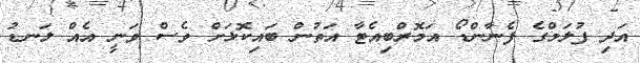
އަދި ފުލަމްގެ ފެނާންޑޯ އަމޮރްބިއެޓާ އަތުން ބައިކޮޅަށް ވެސް ވަނީ އެއް ލަނޑު